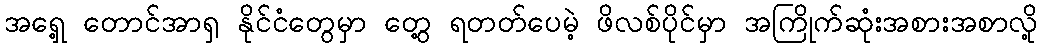
အရှေ့ တောင်အာရှ နိုင်ငံတွေမှာ တွေ့ ရတတ်ပေမဲ့ ဖိလစ်ပိုင်မှာ အကြိုက်ဆုံးအစားအစာလို့